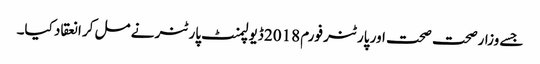
جسے وزارصحت صحت اور پارٹنر فورم 2018 ڈیولپمنٹ پارٹنر نے مل کر انعقاد کیا۔